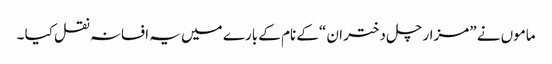
ماموں نے ”مزار چل دختر ان “کے نام کے بارے میں یہ افسانہ نقل کیا ۔